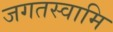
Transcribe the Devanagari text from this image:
जगतस्‍वामि